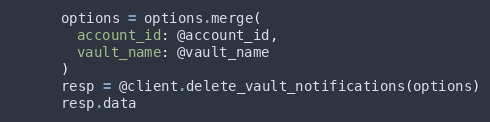
Language: Ruby
      options = options.merge(
        account_id: @account_id,
        vault_name: @vault_name
      )
      resp = @client.delete_vault_notifications(options)
      resp.data